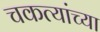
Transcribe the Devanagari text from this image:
चकत्यांच्या